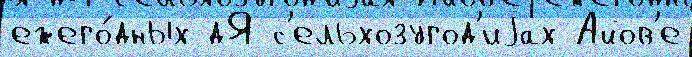
ежего́дных дЯ с'ельхозугод'иjах Айов'е